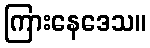
ကြားနေဒေသ။